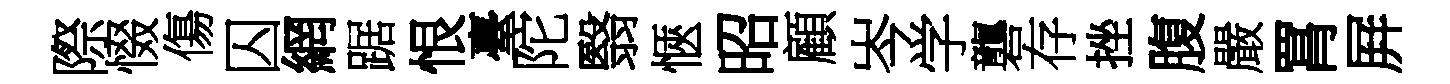
際惙傷囚網踞恨臺陀翳愜昭顧岑学礱存挫腹嚴罥屛